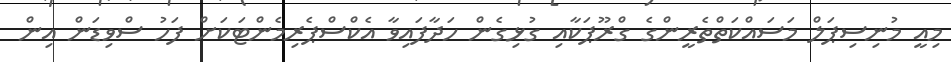
މިއީ މުނިސިޕަލް މަސައްކަތްތެރީންގެ ގްރޫޕަކާއި ގުޅިގެން ހަދާފައިވާ އެކްސްޕެރިމެންޓަކަށް ފަހު ސްވިޑަން އިން